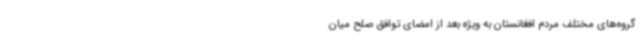
گروه‌های مختلف مردم افغانستان به ویژه بعد از امضای توافق صلح میان